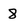
Character: 8